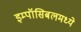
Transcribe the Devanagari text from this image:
इम्पॉसिबलमध्ये